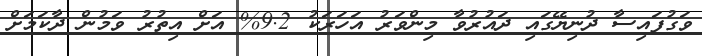
ވަގުފައިސާ ދުނިޔޭގައި ދައުރުވާ މިންވަރު އަހަރަކު 9.2% އަށް އިތުރު ވަމުން ދާކަމަށް